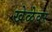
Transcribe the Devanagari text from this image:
खेळेवर